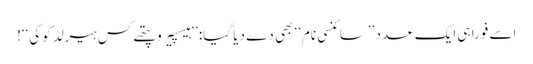
اسے فوراً ہی ایک عدد ’’سائنسی نام‘‘ بھی دے دیا گیا: ’’ہیسپیروپتھے کس ہیرلڈ کوکی‘‘!